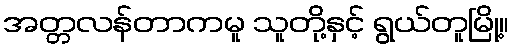
အတ္တလန်တာကမူ သူတို့နှင့် ရွယ်တူမြို့။